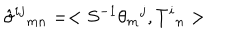
\hat { \sigma } ^ { i j } { } _ { m n } = < S ^ { - 1 } \theta _ { m } { } ^ { j } , T ^ { i } { } _ { n } >